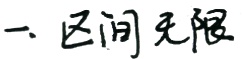
一、区间无限